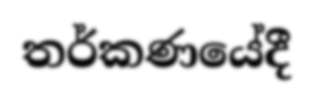
තර්කණයේදී